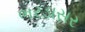
ભરડાસર